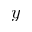
\v y